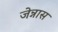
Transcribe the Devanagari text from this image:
जेन्नास